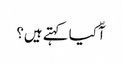
آّ کیا کہتے ہیں؟